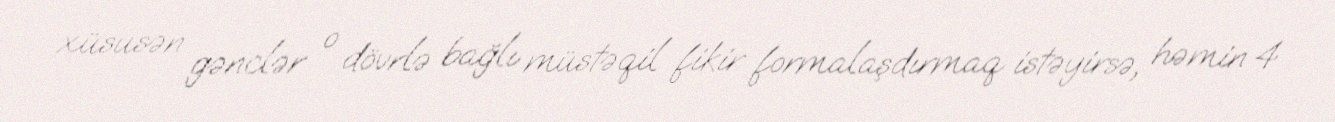
xüsusən gənclər o dövrlə bağlı müstəqil fikir formalaşdırmaq istəyirsə, həmin 4